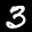
Label: 3